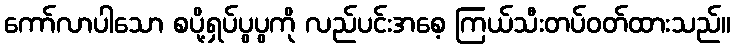
ကော်လာပါသော စပို့ရှပ်ပွပွကို လည်ပင်းအစေ့ ကြယ်သီးတပ်ဝတ်ထားသည်။